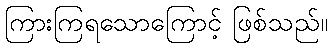
ကြားကြရသောကြောင့် ဖြစ်သည်။